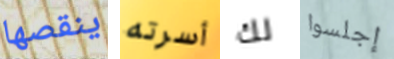
ينقصها أسرته لك إجلسوا